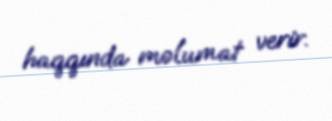
haqqında məlumat verir.